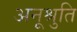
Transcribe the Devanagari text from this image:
अनूश्रुति